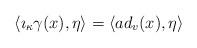
LaTeX: \begin{align*}\langle \imath_{\kappa}\gamma(x),\eta\rangle=\langle ad_v(x),\eta\rangle\end{align*}